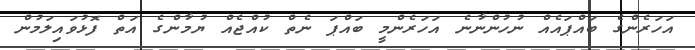
އަހަރެންގެ ބައްޕައެއް ނުހުންނާނެ އަހަރެންމީ ބައްޕަ ނެތް ކުއްޖެއް ޔުމާންގެ އަތް ފޮޅުވައިލަމުން